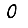
Digit: 0